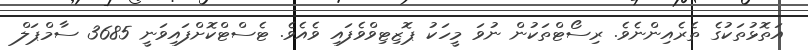
އަތޮޅުތަކުގެ ތެރެއިންނެވެ. ރިސޯޓްތަކުން ނުވަ މީހަކު ޕޮޒިޓިވްވެފައި ވެއެެވެ. ޓެސްޓްކޮށްފައިވަނީ 3685 ސާމްޕަލް